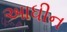
અાધીન